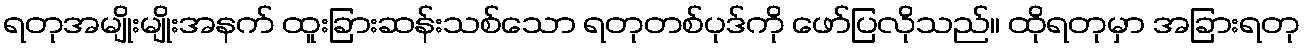
ရတုအမျိုးမျိုးအနက် ထူးခြားဆန်းသစ်သော ရတုတစ်ပုဒ်ကို ဖော်ပြလိုသည်။ ထိုရတုမှာ အခြားရတု